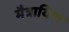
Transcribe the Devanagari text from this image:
मैत्रायिण